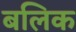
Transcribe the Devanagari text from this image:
बलिक